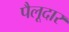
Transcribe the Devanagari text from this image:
पैलूदार